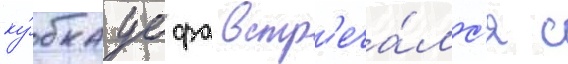
ку́бка уефа встр'еча́лс'я с